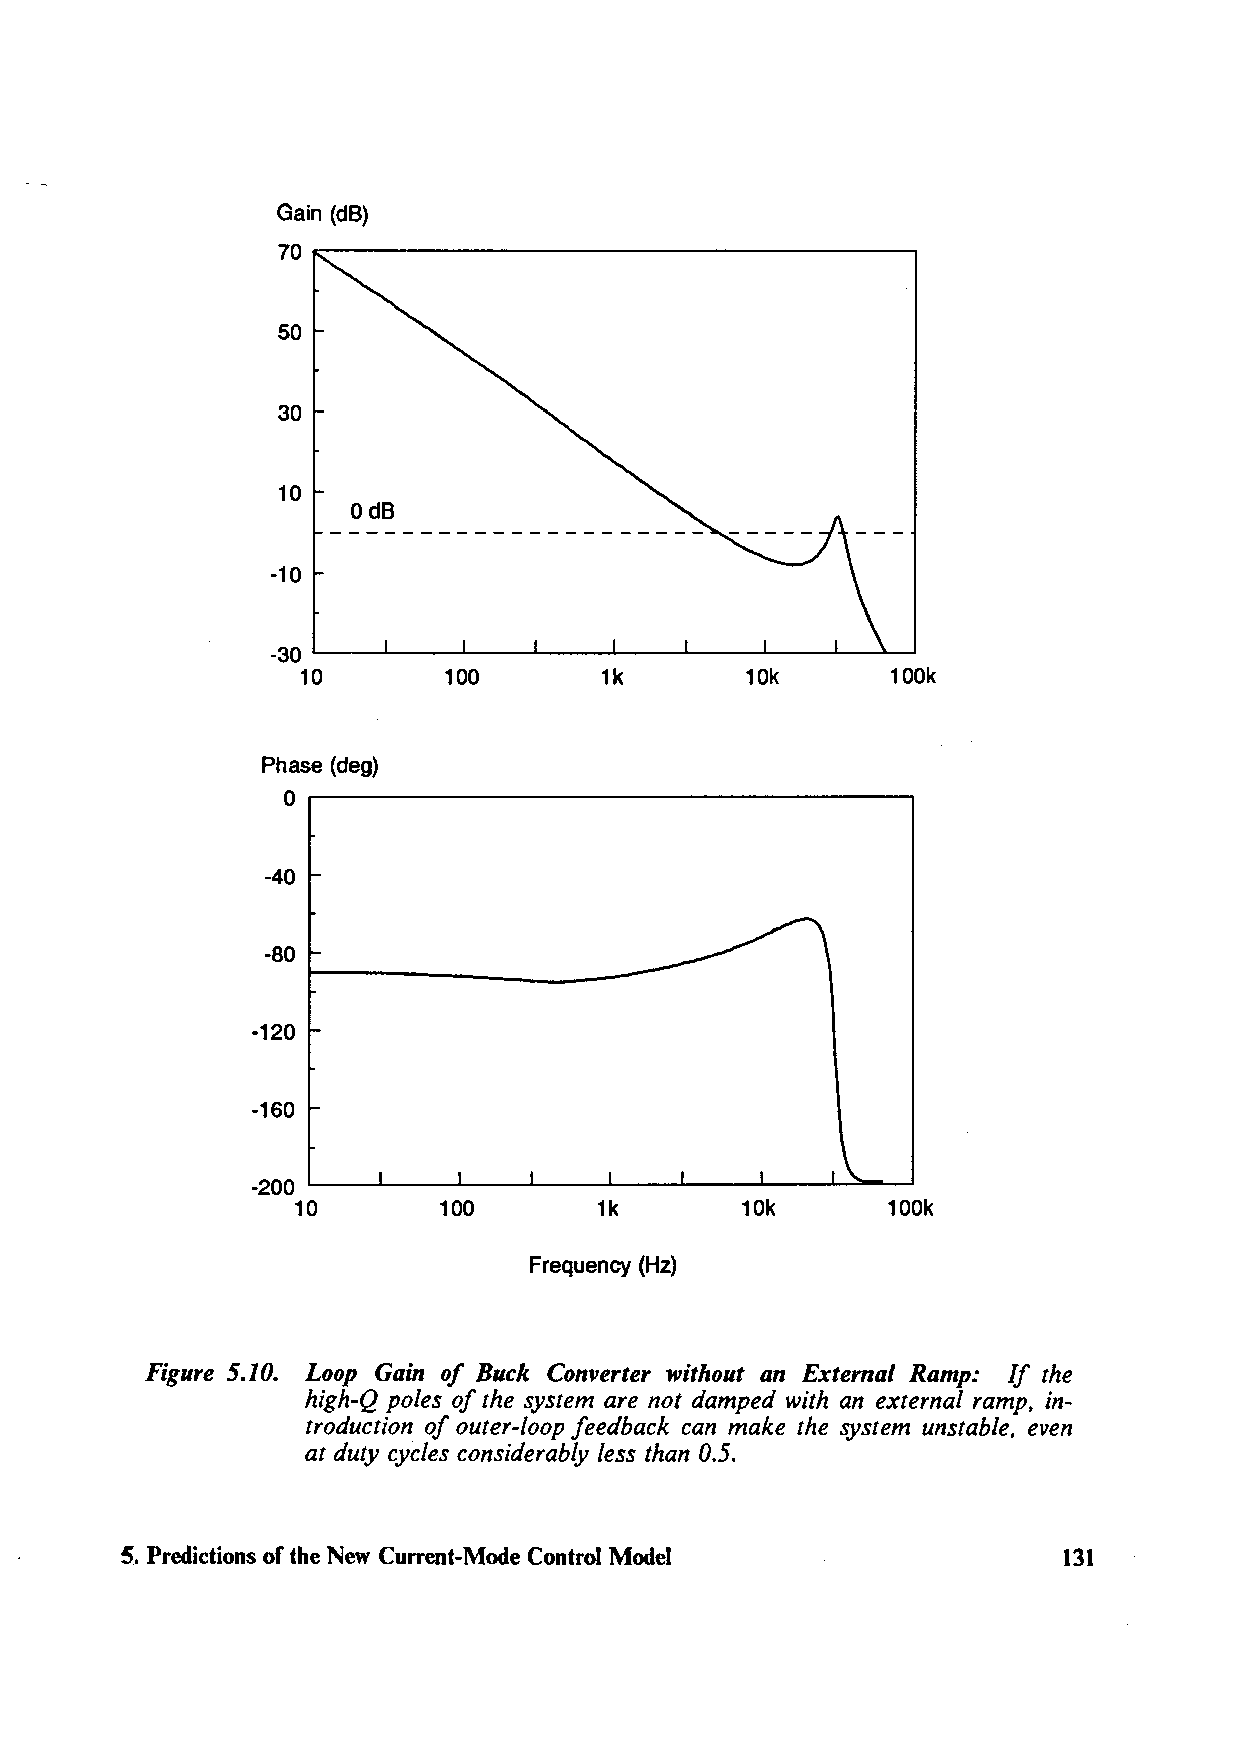
Gain (dB)
 c------------------------,
 70
 50
 30
 10
 OdB
 -10
 -30 .__ _ __,__ __.. ..,___ _ __._ ___ .__ _ ___. ___ .__ __. ____._____.
 10       100        1k       10k       100k
 Phase (deg)
 o~---------------------,
 -40
 -80
 -120
 -160
 -200 '-----L---...l...-----'---....L....---1.--__,___ _,, ____, ___ ___.
 10        100        1k       10k       100k
 Frequency (Hz)
 Figure 5.10. Loop Gain of Buck Converter without an External Ramp: If the
 high-Q poles of the system are not damped with an external ramp, in-
 troduction of outer-loop feedback can make the system unstable, even
 at duty cycles considerably less than 0.5.
 5. Predictions of the New Current-Mode Control Model          131